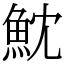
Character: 魫